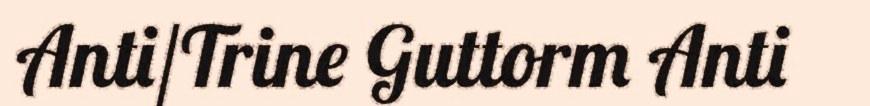
Anti/Trine Guttorm Anti